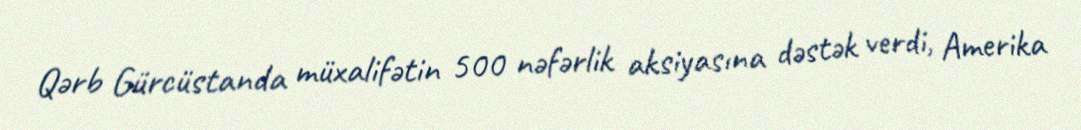
Qərb Gürcüstanda müxalifətin 500 nəfərlik aksiyasına dəstək verdi, Amerika